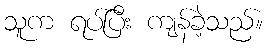
သူက ရပ်ပြီး ကျန်ခဲ့သည်။